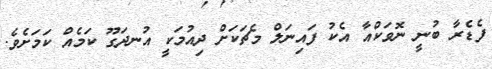
ފެޑެރާ ބުނީ ނޮވަކްއާ އެކު ފައިނަލް މެޗަކަށް ދިއުމަކީ އުނދަގޫ ކަމެއް ކަމަށެވެ.